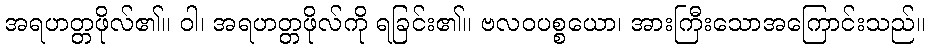
အရဟတ္တဖိုလ်၏။ ဝါ၊ အရဟတ္တဖိုလ်ကို ရခြင်း၏။ ဗလဝပစ္စယော၊ အားကြီးသောအကြောင်းသည်။